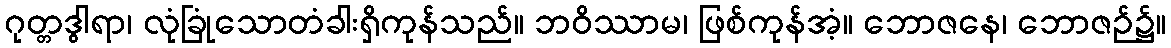
ဂုတ္တဒွါရာ၊ လုံခြုံသောတံခါးရှိကုန်သည်။ ဘဝိဿာမ၊ ဖြစ်ကုန်အံ့။ ဘောဇနေ၊ ဘောဇဉ်၌။